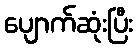
ပျောက်ဆုံးပြီး